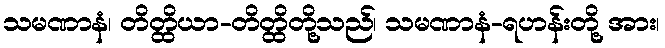
သမဏာနံ၊ တိတ္ထိယာ-တိတ္ထိတို့သည်၊ သမဏာနံ-ရဟန်းတို့ အား၊